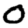
Digit: 0